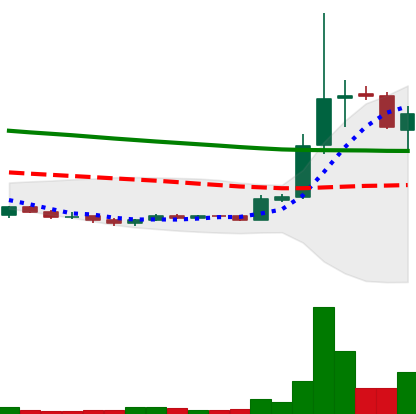
Ticker: XRP-USD
Chart end date: 2018-09-25
Forward return: 10.368%
Label: up_7plus